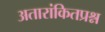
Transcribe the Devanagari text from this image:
अतारांकितप्रश्न